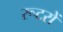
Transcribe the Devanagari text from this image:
रूटरों